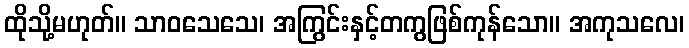
ထိုသို့မဟုတ်။ သာဝသေသေ၊ အကြွင်းနှင့်တကွဖြစ်ကုန်သော။ အကုသလေ၊